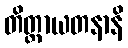
တိတ္ထာယတနာနိ